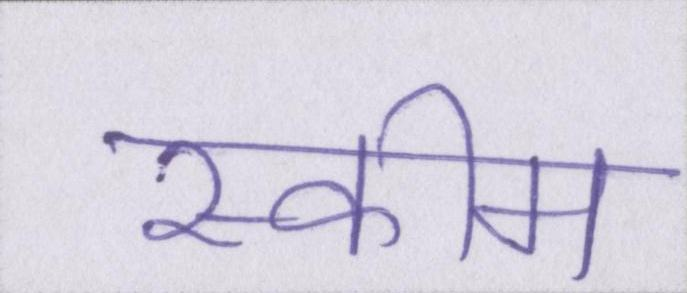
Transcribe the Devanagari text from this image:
स्कीम